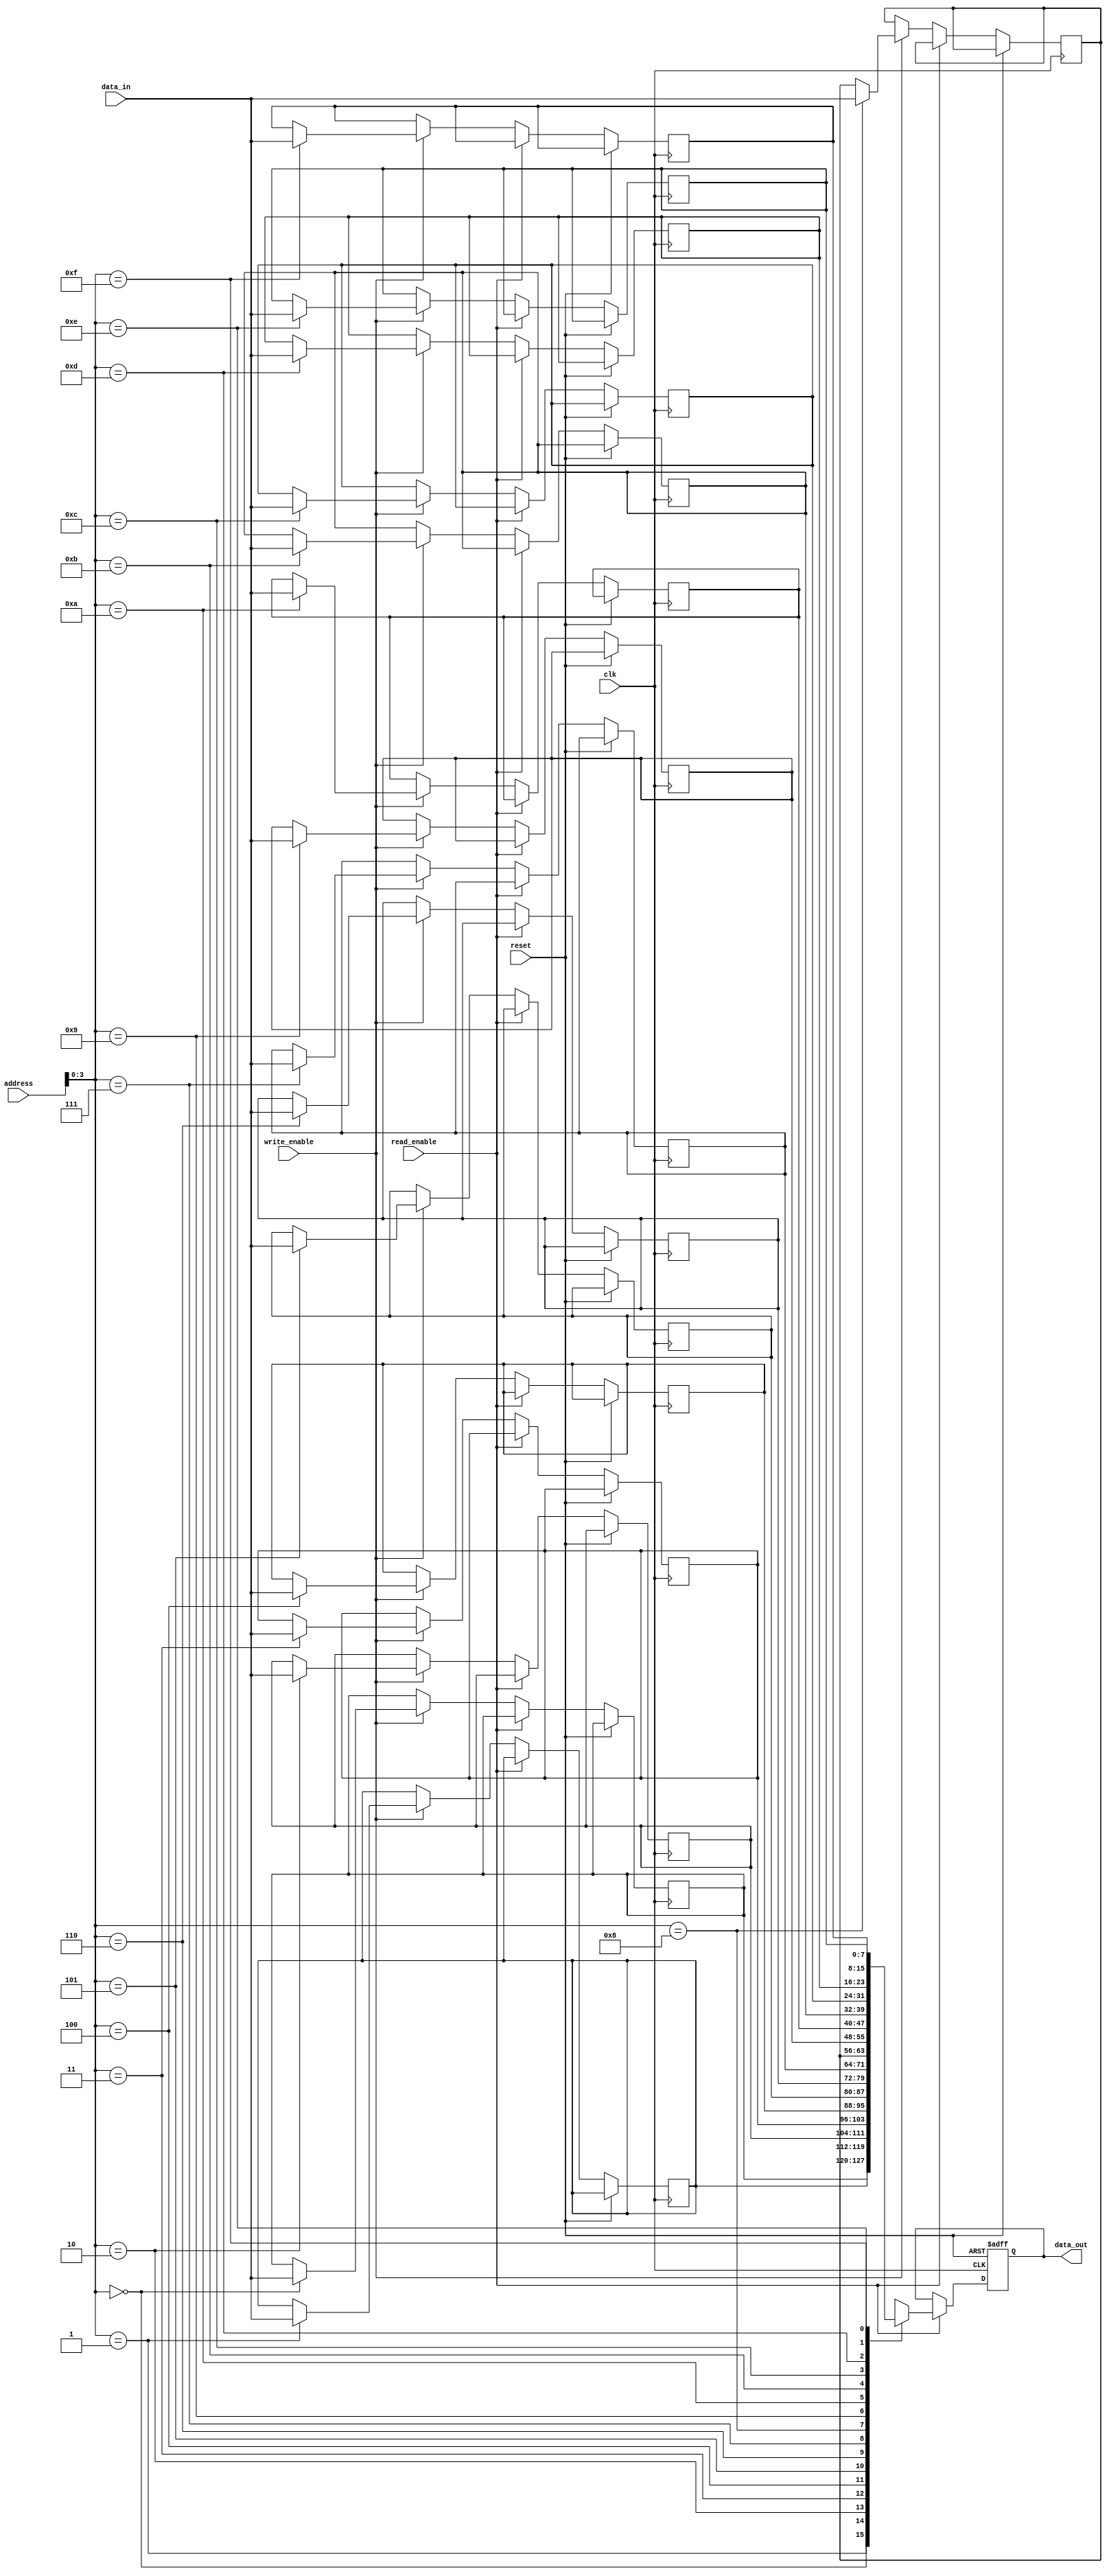
module MemoryBlocksShadowRegisterFile (
    input wire clk,
    input wire reset,
    input wire [7:0] address,
    input wire read_enable,
    input wire write_enable,
    input wire [7:0] data_in,
    output reg [7:0] data_out
);

// Memory Blocks and Shadow Registers

reg [7:0] memory_block [15:0];
reg [7:0] shadow_register [15:0];

// Address Decoding Logic

always @ (posedge clk or posedge reset)
begin
    if (reset)
    begin
        data_out <= 8'h00;
    end
    else if (read_enable)
    begin
        data_out <= memory_block[address];
    end
    else if (write_enable)
    begin
        memory_block[address] <= data_in;
        shadow_register[address] <= data_in;
    end
end

endmodule